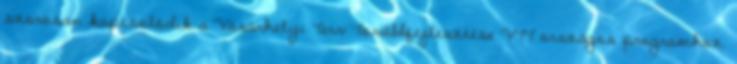
szorosan kapcsolódik a Vásárhelyi Terv Továbbfejlesztése VTT országos programhoz.